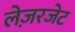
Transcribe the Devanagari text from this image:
लेज़रजेट